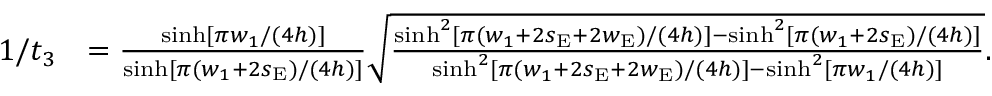
\begin{array} { r l } { 1 / t _ { 3 } } & { = \frac { \sinh [ \pi w _ { 1 } / ( 4 h ) ] } { \sinh [ \pi ( w _ { 1 } + 2 s _ { \mathrm { E } } ) / ( 4 h ) ] } \sqrt { \frac { \sinh ^ { 2 } [ \pi ( w _ { 1 } + 2 s _ { \mathrm { E } } + 2 w _ { \mathrm { E } } ) / ( 4 h ) ] - \sinh ^ { 2 } [ \pi ( w _ { 1 } + 2 s _ { \mathrm { E } } ) / ( 4 h ) ] } { \sinh ^ { 2 } [ \pi ( w _ { 1 } + 2 s _ { \mathrm { E } } + 2 w _ { \mathrm { E } } ) / ( 4 h ) ] - \sinh ^ { 2 } [ \pi w _ { 1 } / ( 4 h ) ] } } . } \end{array}